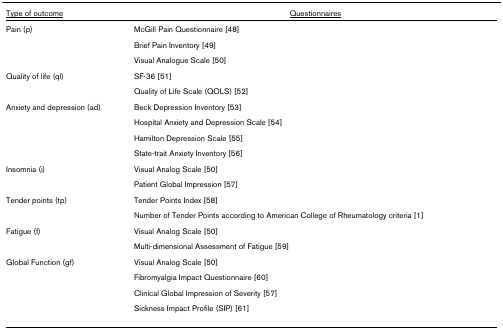
<table><thead><tr><td><b><underline>Type of outcome</underline></b></td><td><b><underline>Questionnaires</underline></b></td></tr></thead><tbody><tr><td>Pain (p)</td><td>McGill Pain Questionnaire [48]</td></tr><tr><td></td><td>Brief Pain Inventory [49]</td></tr><tr><td></td><td>Visual Analogue Scale [50]</td></tr><tr><td>Quality of life (ql)</td><td>SF-36 [51]</td></tr><tr><td></td><td>Quality of Life Scale (QOLS) [52]</td></tr><tr><td>Anxiety and depression (ad)</td><td>Beck Depression Inventory [53]</td></tr><tr><td></td><td>Hospital Anxiety and Depression Scale [54]</td></tr><tr><td></td><td>Hamilton Depression Scale [55]</td></tr><tr><td></td><td>State-trait Anxiety Inventory [56]</td></tr><tr><td>Insomnia (i)</td><td>Visual Analog Scale [50]</td></tr><tr><td></td><td>Patient Global Impression [57]</td></tr><tr><td>Tender points (tp)</td><td>Tender Points Index [58]</td></tr><tr><td></td><td>Number of Tender Points according to American College of Rheumatology criteria [1]</td></tr><tr><td>Fatigue (f)</td><td>Visual Analog Scale [50]</td></tr><tr><td></td><td>Multi-dimensional Assessment of Fatigue [59]</td></tr><tr><td>Global Function (gf)</td><td>Visual Analog Scale [50]</td></tr><tr><td></td><td>Fibromyalgia Impact Questionnaire [60]</td></tr><tr><td></td><td>Clinical Global Impression of Severity [57]</td></tr><tr><td></td><td>Sickness Impact Profile (SIP) [61]</td></tr></tbody></table>